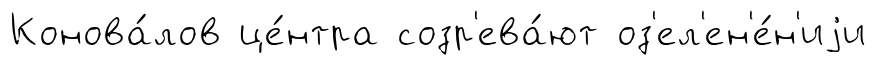
Конова́лов це́нтра созр'ева́ют оз'ел'ен'е́н'иjи